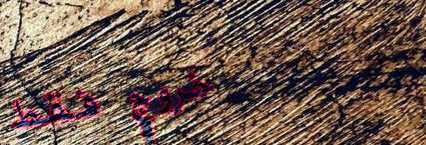
خروج فقط